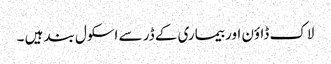
لاک ڈاؤن اور بیماری کے ڈر سے اسکول بند ہیں ۔